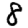
Digit: 8